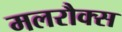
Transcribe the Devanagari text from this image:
मलरौक्स